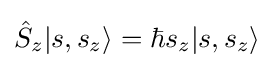
{\hat {S}}_{z}|s,s_{z}\rangle =\hbar s_{z}|s,s_{z}\rangle